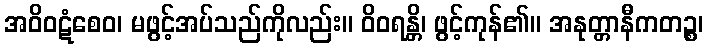
အဝိဝဋံစေဝ၊ မဖွင့်အပ်သည်ကိုလည်း။ ဝိဝရန္တိ၊ ဖွင့်ကုန်၏။ အနုတ္တာနီကတဉ္စ၊